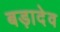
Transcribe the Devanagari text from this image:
बड़ादेव